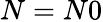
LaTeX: N=N0